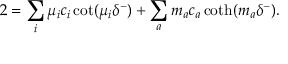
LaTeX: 2 = \sum _ { i } \mu _ { i } c _ { i } \cot ( \mu _ { i } \delta ^ { - } ) + \sum _ { a } m _ { a } c _ { a } \coth ( m _ { a } \delta ^ { - } ) .